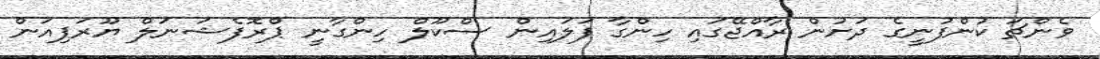
ވެންޗަ ކުންފުނީގެ ދަށުން ރާއްޖޭގައި ހިންގާ ފަލައިން ސްކޫލް ހިންގާނީ ޕްރޮފެޝަނަލް ޔޫރަޕިއަން